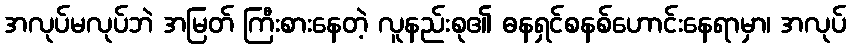
အလုပ်မလုပ်ဘဲ အမြတ် ကြီးစားနေတဲ့ လူနည်းစု၏ ဓနရှင်စနစ်ဟောင်းနေရာမှာ၊ အလုပ်